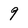
Character: 9